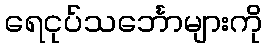
ရေငုပ်သင်္ဘောများကို